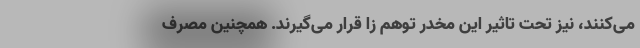
می‌کنند، نیز تحت تاثیر این مخدر توهم زا قرار می‌گیرند. همچنین مصرف